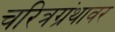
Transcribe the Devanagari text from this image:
चरित्रग्रंथावर